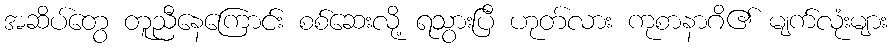
အဆိပ်တွေ တူညီနေကြောင်း စစ်ဆေးလို့ ရသွားပြီ ဟုတ်လား ကုစာနာဂိ၏ မျက်လုံးများ